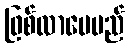
ဖြစ်လာပေမည်